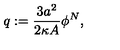
q : = \frac { 3 a ^ { 2 } } { 2 \kappa A } \phi ^ { N } ,